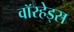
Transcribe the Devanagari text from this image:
वाॅरहेड्स